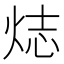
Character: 𬊌